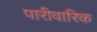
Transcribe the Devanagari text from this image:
पारीवारिक